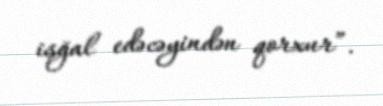
işğal edəcəyindən qorxur”.